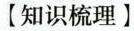
【知识梳理】